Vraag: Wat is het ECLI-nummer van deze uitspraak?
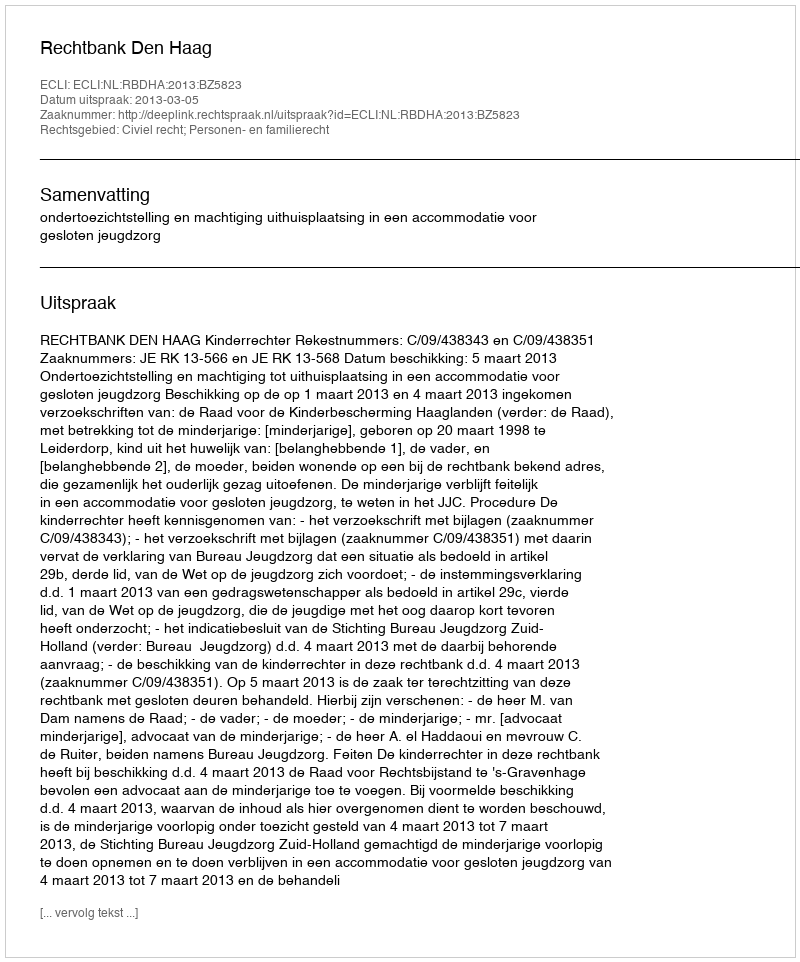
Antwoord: ECLI:NL:RBDHA:2013:BZ5823